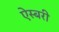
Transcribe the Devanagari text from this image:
ऐस्बरी